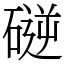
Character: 磀